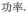
功率。